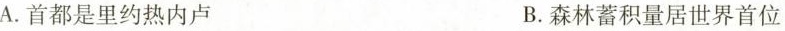
A.首都是里约热内卢 B.森林蓄积量居世界首位